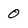
Character: 0